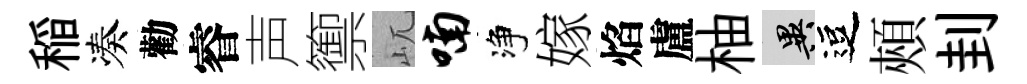
稲凑勸睿声籞屼喃净嫁焰盧柚异逗頰刲